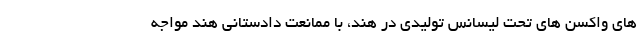
های واکسن های تحت لیسانس تولیدی در هند، با ممانعت دادستانی هند مواجه